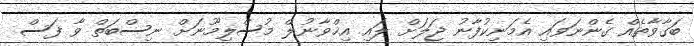
ބަގާވާތެއް ގެންނަވައި އެމަނިކުފާނު ޖަލަށް ލައި އިޚްވާނުލް މުސްލިމޫނަށް ނިސްބަތް ވާ ފަސް